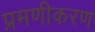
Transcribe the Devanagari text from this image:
प्रमणीकरण